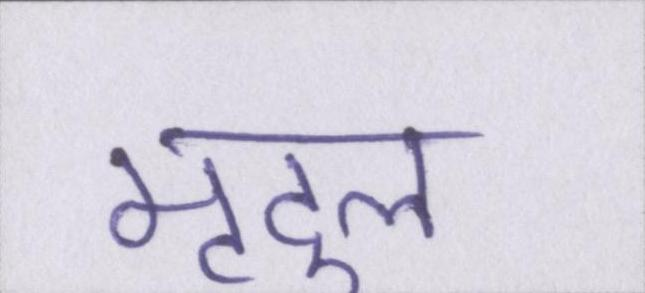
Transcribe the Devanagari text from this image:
मृदुल